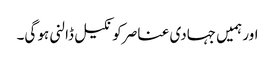
اور ہمیں جہادی عناصر کو نکیل ڈالنی ہو گی۔